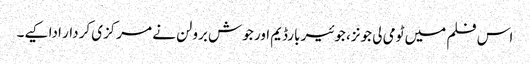
اس فلم میں ٹومی لی جونز، جوئیر بارڈیم اور جوش برولن نے مرکزی کردار ادا کیے۔